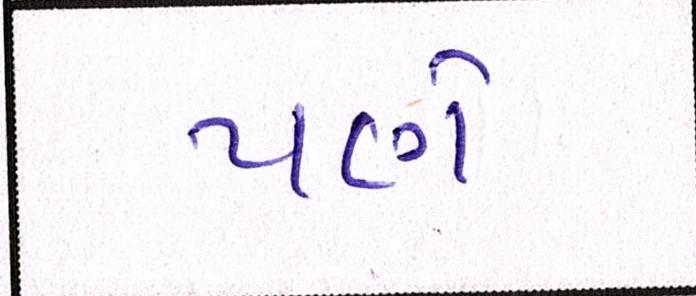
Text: પણે